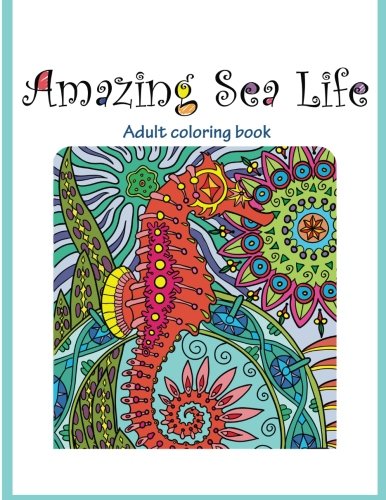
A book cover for Amazing Sea Life: Adult Coloring Book (Stress Relieving) (Volume 2); Tali Carmi; Arts & Photography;